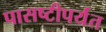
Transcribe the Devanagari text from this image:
पासष्टीपर्यंत